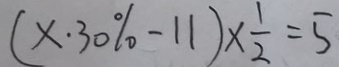
( x \cdot 3 0 \% - 1 1 ) \times \frac { 1 } { 2 } = 5